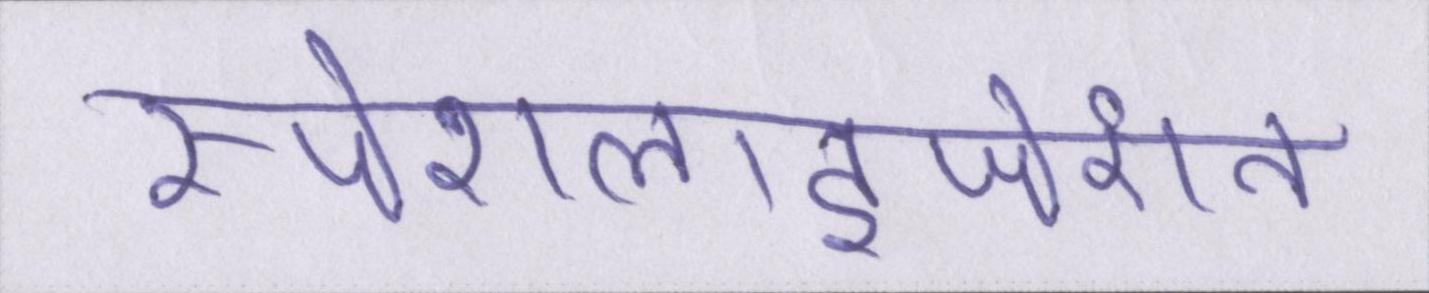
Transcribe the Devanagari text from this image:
स्पेशलाइजेशन